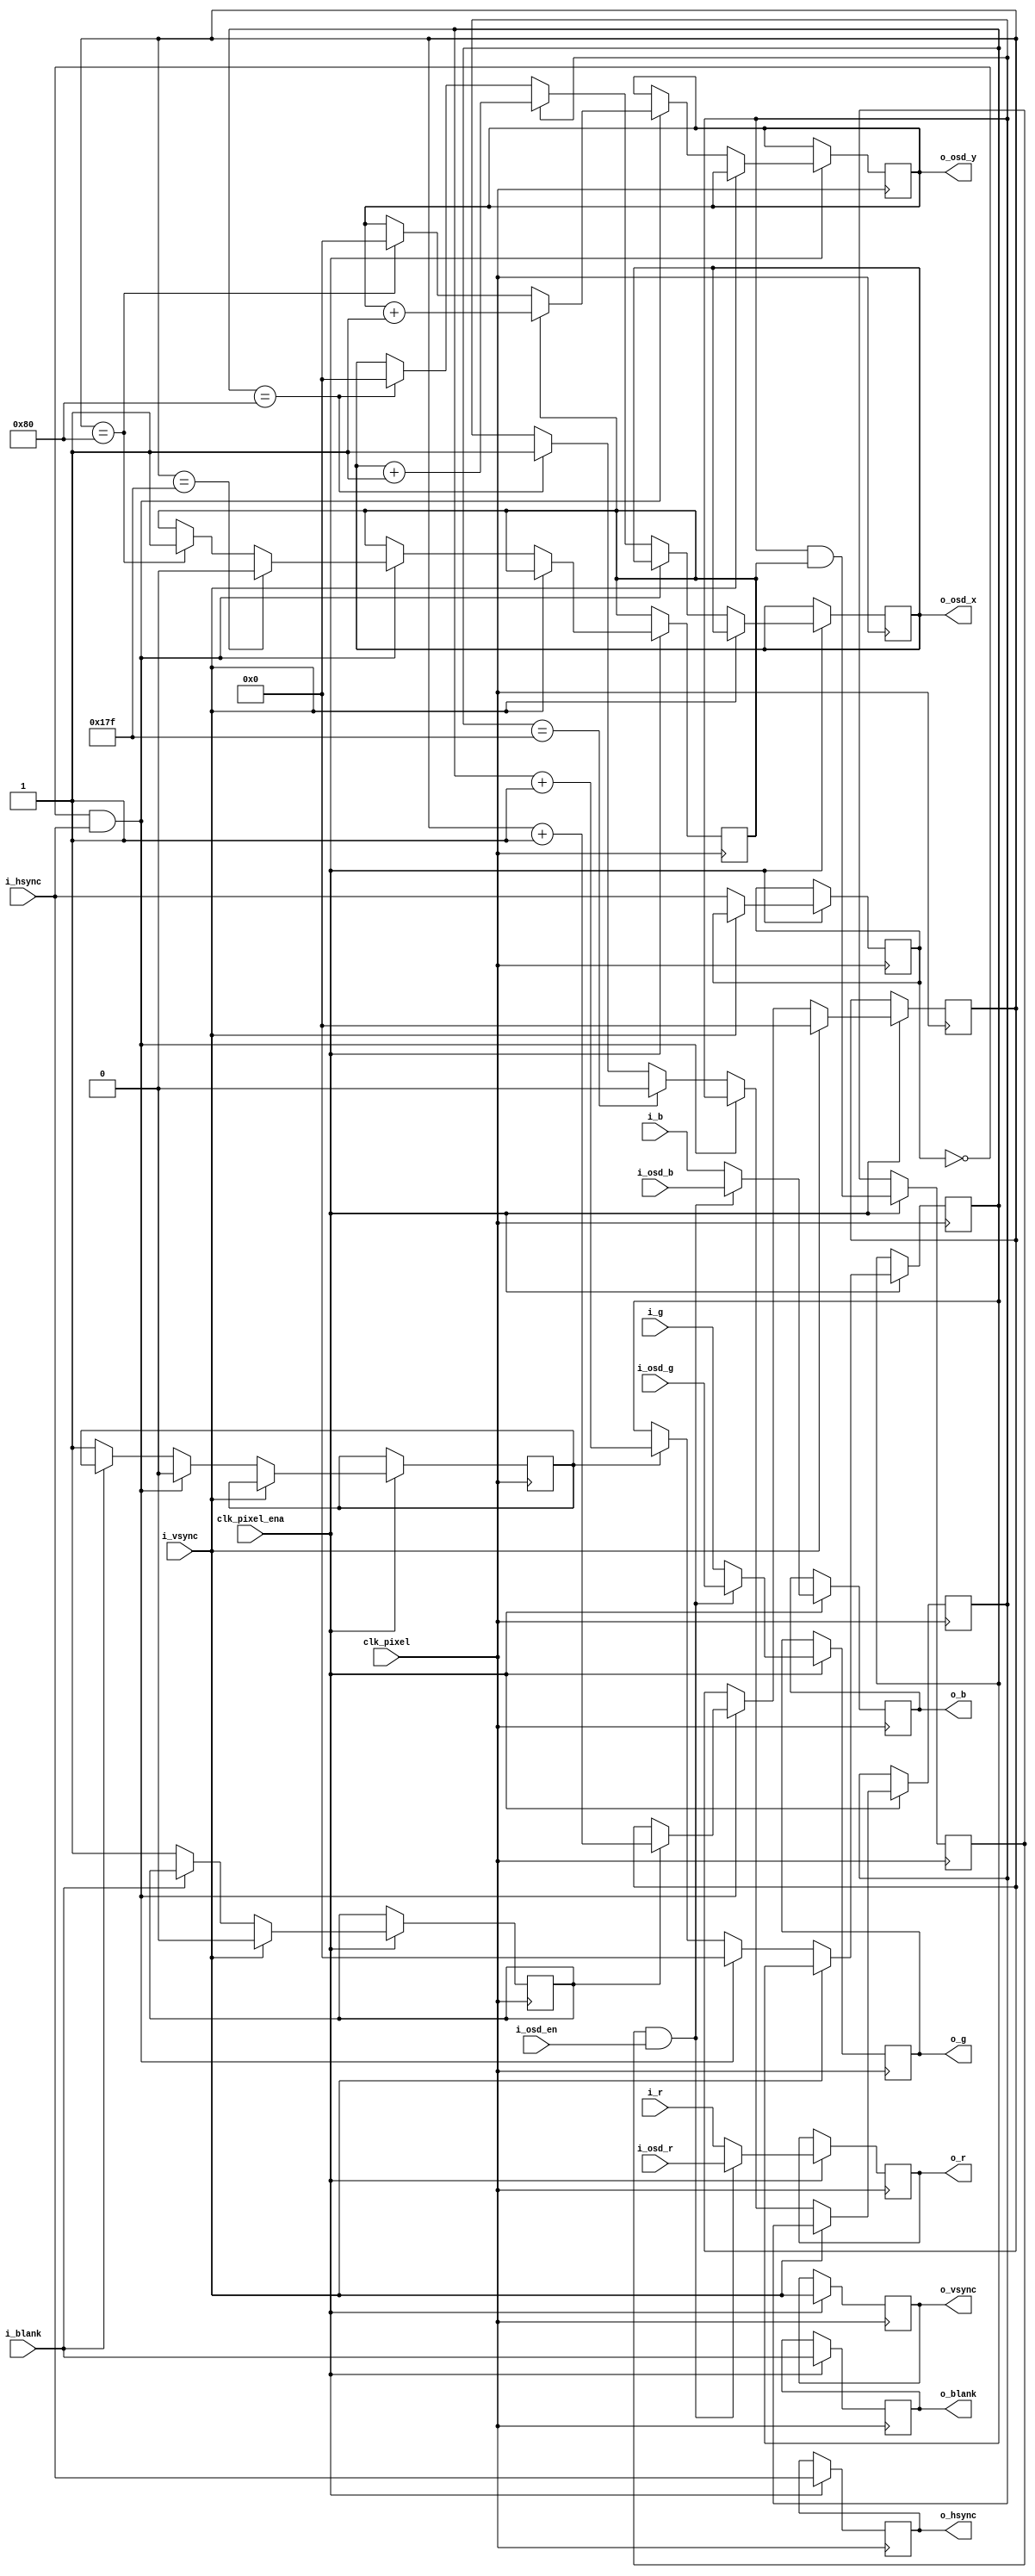
// intercept video stream and make a window

module osd
#(
  parameter C_x_start = 128,
  parameter C_x_stop  = 383,
  parameter C_y_start = 128,
  parameter C_y_stop  = 383
)
(
  input  wire clk_pixel, clk_pixel_ena,
  input  wire [7:0] i_r,
  input  wire [7:0] i_g,
  input  wire [7:0] i_b,
  input  wire i_hsync, i_vsync, i_blank,
  input  wire i_osd_en,
  input  wire [7:0] i_osd_r,
  input  wire [7:0] i_osd_g,
  input  wire [7:0] i_osd_b,
  output wire [9:0] o_osd_x,
  output wire [9:0] o_osd_y,
  output wire [7:0] o_r,
  output wire [7:0] o_g,
  output wire [7:0] o_b,
  output wire o_hsync, o_vsync, o_blank
);


  reg osd_en, osd_xen, osd_yen;
  reg R_xcount_en, R_ycount_en;
  reg R_hsync_prev;
  reg [9:0] R_xcount, R_ycount; // relative to screen
  reg [9:0] R_osd_x, R_osd_y; // relative to OSD
  always @(posedge clk_pixel)
  begin
    if(clk_pixel_ena)
    begin
      if(i_vsync)
      begin
        R_ycount <= 0;
        R_ycount_en <= 0; // wait for blank before counting
      end
      else
      begin
        if(i_blank == 1'b0) // display unblanked
          R_ycount_en <= 1'b1;
        if(R_hsync_prev == 1'b0 && i_hsync == 1'b1)
        begin // hsync rising edge
          R_xcount <= 0;
          R_xcount_en <= 0;
          if(R_ycount_en)
            R_ycount <= R_ycount + 1;
          if(R_ycount == C_y_start)
          begin
            osd_yen <= 1;
            R_osd_y <= 0;
          end
          if(osd_yen)
            R_osd_y <= R_osd_y + 1;
          if(R_ycount == C_y_stop)
          begin
            osd_yen <= 0;
          end
        end
        else
        begin
          if(i_blank == 1'b0) // display unblanked
            R_xcount_en <= 1'b1;
          if(R_xcount_en)
            R_xcount <= R_xcount + 1;
          if(R_xcount == C_x_start)
          begin
            osd_xen <= 1;
            R_osd_x <= 0;
          end
          if(osd_xen)
            R_osd_x <= R_osd_x + 1;
          if(R_xcount == C_x_stop)
          begin
            osd_xen <= 0;
          end
        end
        R_hsync_prev <= i_hsync;
      end
      osd_en <= osd_xen & osd_yen;
    end
  end

  reg [7:0] R_vga_r, R_vga_g, R_vga_b;
  reg R_hsync, R_vsync, R_blank;
  always @(posedge clk_pixel)
  begin
    if(clk_pixel_ena)
    begin
      if(osd_en & i_osd_en)
      begin
        R_vga_r <= i_osd_r;
        R_vga_g <= i_osd_g;
        R_vga_b <= i_osd_b;
      end
      else
      begin
        R_vga_r <= i_r;
        R_vga_g <= i_g;
        R_vga_b <= i_b;
      end
      R_hsync <= i_hsync;
      R_vsync <= i_vsync;
      R_blank <= i_blank;
    end
  end

  assign o_osd_x = R_osd_x;
  assign o_osd_y = R_osd_y;
  assign o_r = R_vga_r;
  assign o_g = R_vga_g;
  assign o_b = R_vga_b;
  assign o_hsync = R_hsync;
  assign o_vsync = R_vsync;
  assign o_blank = R_blank;

endmodule